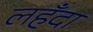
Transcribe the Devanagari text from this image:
लहँदा